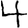
Digit: 4